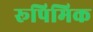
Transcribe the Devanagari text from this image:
रूपिमिक